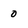
Character: 0